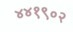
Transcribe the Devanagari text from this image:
४४१९०२